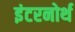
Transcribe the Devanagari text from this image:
इंटरनोर्थ